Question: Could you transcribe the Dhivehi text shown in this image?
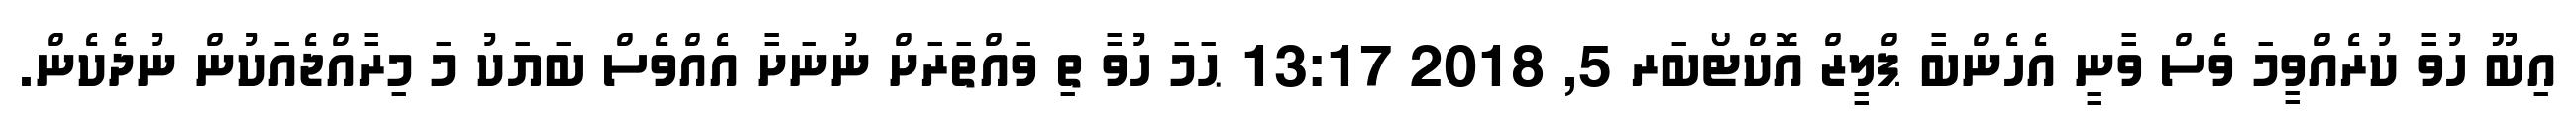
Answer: އިބޫ ހުވާ ކުރެއްވީމަ ވެސް ވާނީ އެހެންބާ ޕްލީޒް އޮކްޓޯބަރ 5, 2018 13:17 ޙަމަ ހުވާ ތި ވައްތަރަށް ނުނަށާ އެއްވެސް ބަޔަކު މަ މިރާއްޖެއަކުން ނުދެކެން.